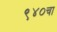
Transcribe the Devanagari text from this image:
९४०चा